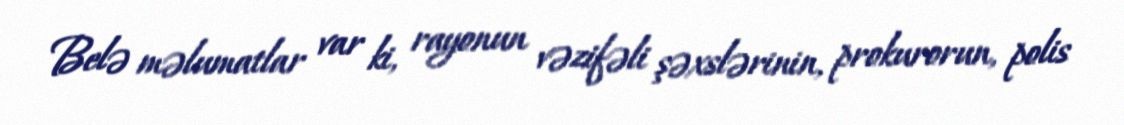
Belə məlumatlar var ki, rayonun vəzifəli şəxslərinin, prokurorun, polis